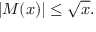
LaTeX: | M ( x ) | \leq { \sqrt { x } } .